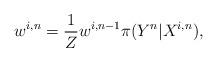
LaTeX: \begin{align*} w^{i, n} = \frac{1}{Z}w^{i, n-1}\pi(Y^n|X^{i, n}), \end{align*}